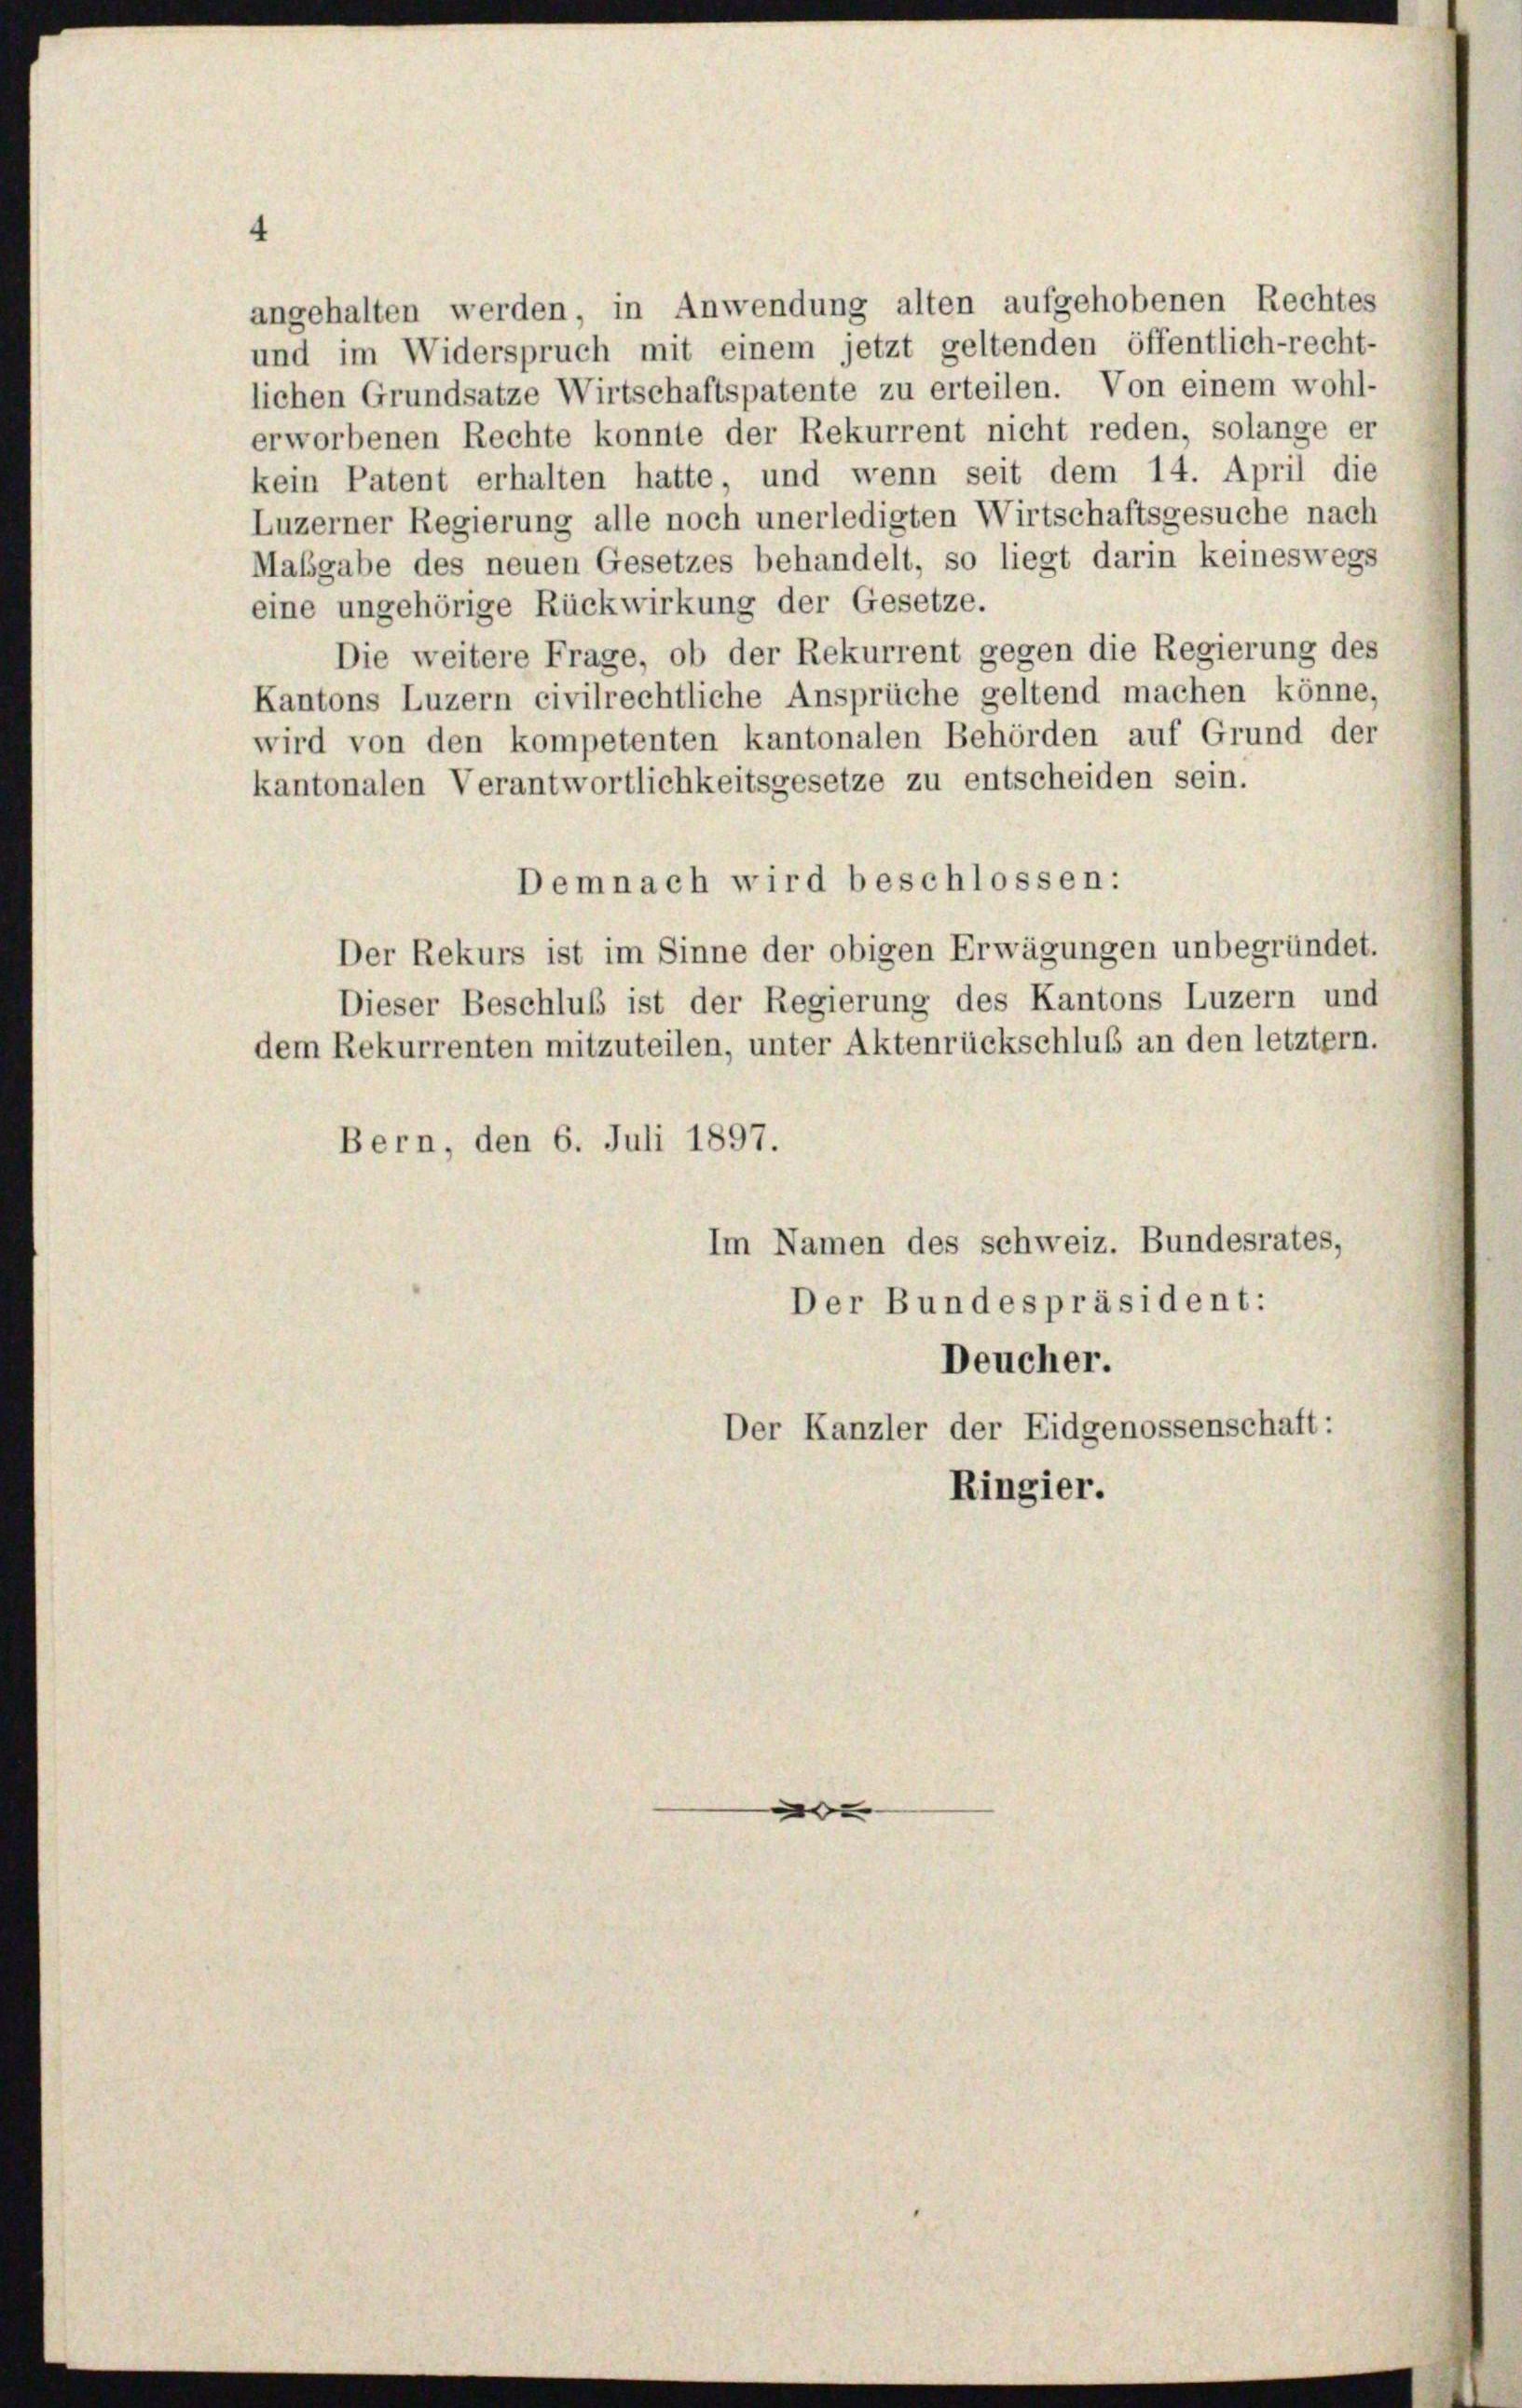
angehalten werden, in Anwendung alten aufgehobenen Rechtes
und im Widerspruch mit einem jetzt geltenden öffentlich-recht-

lichen Grundsätze Wirtschaftspatente zu erteilen. Von einem wohl-
erworbenen Rechte konnte der Rekurrent nicht reden, solange er
kein Patent erhalten hatte und wenn seit dem 14. April die
Luzerner Regierung alle noch unerledigten Wirtschaftsgesuche nach
Mabgabe des neuen Gesetzes behandelt, so liegt darin keineswegs
eine ungehörige Rückwirkung der Gesetze.
Die weitere Frage, ob der Rekurrent gegen die Regierung des
Kantons Luzern civilrechtliche Ansprüche geltend machen könne,
wird von den kompetenten kantonalen Behörden auf Grund der
kantonalen Verantwortlichkeitsgesetze zu entscheiden sein.
Demnach wird beschlossen:
Der Rekurs ist im Sinne der obigen Erwägungen unbegründet.
Dieser Beschluß ist der Regierung des Kantons Luzern und
dem Rekurrenten mitzuteilen, unter Aktenrückschluß an den letztem.
Bern, den 6. Juli 1897.
Im Namen des schweiz. Bundesrates,
Der Bundespräsident:
Deucher.
Der Kanzler der Eidgenossenschaft:
Ringier.